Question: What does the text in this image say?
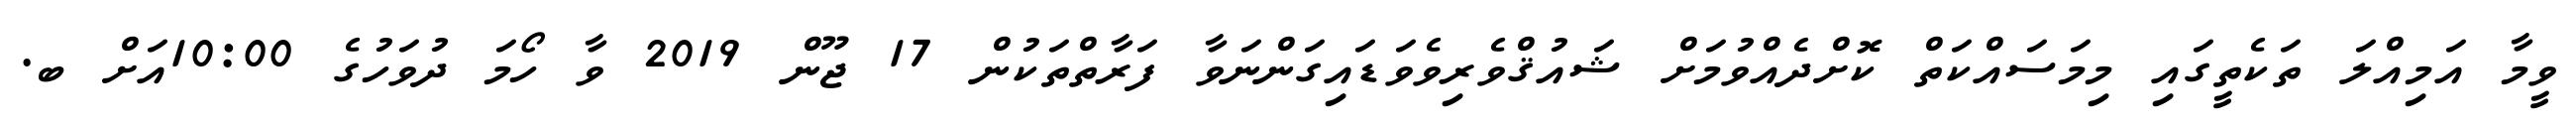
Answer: ވީމާ އަމިއްލަ ތަކެތީގައި މިމަސައްކަތް ކޮށްދެއްވުމަށް ޝައުޤްވެރިވެވަޑައިގަންނަވާ ފަރާތްތަކުން 17 ޖޫން 2019 ވާ ހޯމަ ދުވަހުގެ 10:00އަށް ބ.